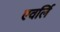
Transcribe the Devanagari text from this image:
एवर्लि